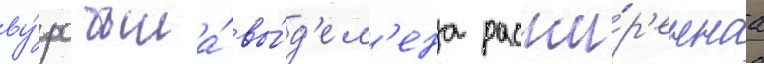
ву́рс была́ вы́д'ел'ена расши́р'еннаа